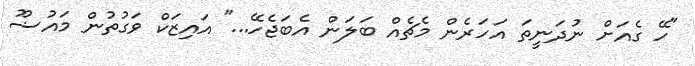
"ހޭ ގެއަށް ނުދަނީތަ އަހަރެން މެޗެއް ބަލަން އެބަޖެހޭ..." އައިޒަކް ވަގުތުން މައުޟޫ